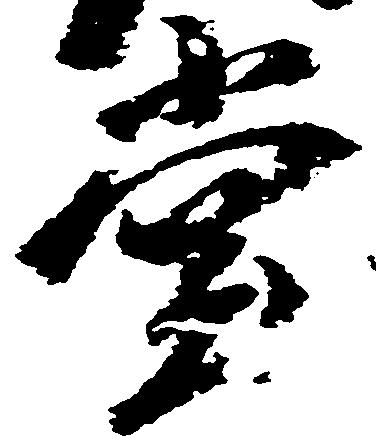
堂